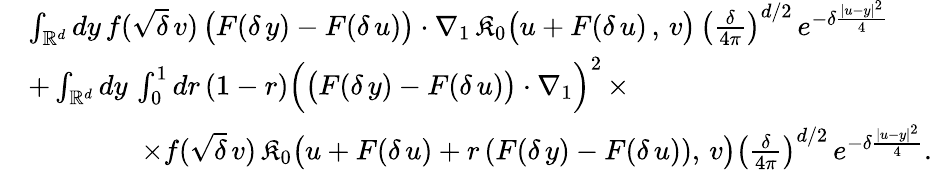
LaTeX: \begin{array}{rl}&{\int_{\mathbb{R}^{d}}dy\, f(\sqrt{\delta}\, v)\, \big(F(\delta\, y)-F(\delta\, u)\big)\cdot\nabla_{1}\, \mathfrak{K}_{0}\big(u+F(\delta\, u)\, ,\, v\big)\, \left(\frac{\delta}{4\pi}\right)^{d/2}\, e^{-\delta\frac{|u-y|^{2}}{4}}}\\ &{+\int_{\mathbb{R}^{d}}dy\, \int_{0}^{1}dr\, (1-r)\Big(\big(F(\delta\, y)-F(\delta\, u)\big)\cdot\nabla_{1}\Big)^{2}\, \times}\\ &{\qquad\qquad\times f(\sqrt{\delta}\, v)\, \mathfrak{K}_{0}\big(u+F(\delta\, u)+r\, (F(\delta\, y)-F(\delta\, u)),\, v\big)\left(\frac{\delta}{4\pi}\right)^{d/2}\, e^{-\delta\frac{|u-y|^{2}}{4}}.}\end{array}